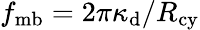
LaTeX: f_{\mathrm{mb}}=2\pi\kappa_{\mathrm{d}}/R_{\mathrm{cy}}